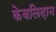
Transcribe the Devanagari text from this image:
केबलिदान